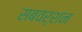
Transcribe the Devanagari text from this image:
सबवर्शन